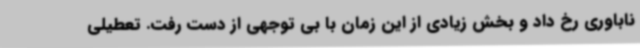
ناباوری رخ داد و بخش زیادی از این زمان با بی توجهی از دست رفت. تعطیلی